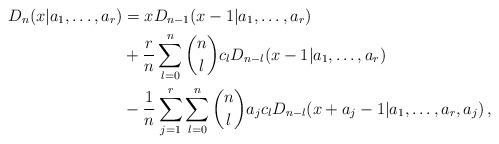
LaTeX: \begin{align*}D_n(x|a_1,\dots,a_r)&=x D_{n-1}(x-1|a_1,\dots,a_r)\\&+\frac{r}{n}\sum_{l=0}^n\binom{n}{l}c_l D_{n-l}(x-1|a_1,\dots,a_r)\\&-\frac{1}{n}\sum_{j=1}^r\sum_{l=0}^n \binom{n}{l}a_j c_l D_{n-l}(x+a_j-1|a_1,\dots,a_r,a_j)\,,\end{align*}